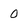
Character: O